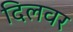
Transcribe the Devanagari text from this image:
दिलवर